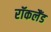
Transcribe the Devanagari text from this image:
रॉकलैंड